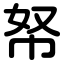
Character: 帑